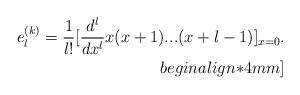
LaTeX: \begin{align*}e_{l}^{(k)} = \frac {1}{l!} [\frac {d^l}{dx^l} x(x+1)...(x+l-1)]_{x=0}.\\begin{align*}4mm]\end{align*}